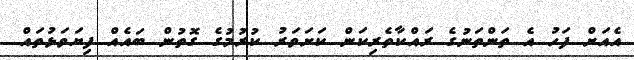
އެއަށް ފަހު އެ ތަންތަނުގެ ރައްކާތެރިކަން ކަށަވަރު ކުރުމުގެ ގޮތުން ބައެއް ފިޔަވަޅުތައް